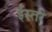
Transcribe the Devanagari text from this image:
ईस्तरे